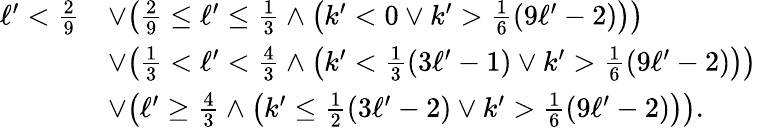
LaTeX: \begin{array}{rl}{\ell^{\prime}<\frac{2}{9}}&{\lor\bigl(\frac{2}{9}\leq\ell^{\prime}\leq\frac{1}{3}\land\bigl(k^{\prime}<0\lor k^{\prime}>\frac{1}{6}(9\ell^{\prime}-2)\bigr)\bigr)}\\ &{\lor\bigl(\frac{1}{3}<\ell^{\prime}<\frac{4}{3}\land\bigl(k^{\prime}<\frac{1}{3}(3\ell^{\prime}-1)\lor k^{\prime}>\frac{1}{6}(9\ell^{\prime}-2)\bigr)\bigr)}\\ &{\lor\bigl(\ell^{\prime}\geq\frac{4}{3}\land\bigl(k^{\prime}\leq\frac{1}{2}(3\ell^{\prime}-2)\lor k^{\prime}>\frac{1}{6}(9\ell^{\prime}-2)\bigr)\bigr).}\end{array}